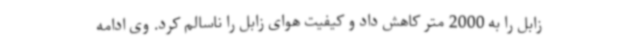
زابل را به 2000 متر کاهش داد و کیفیت هوای زابل را ناسالم کرد. وی ادامه